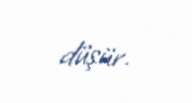
düşür.